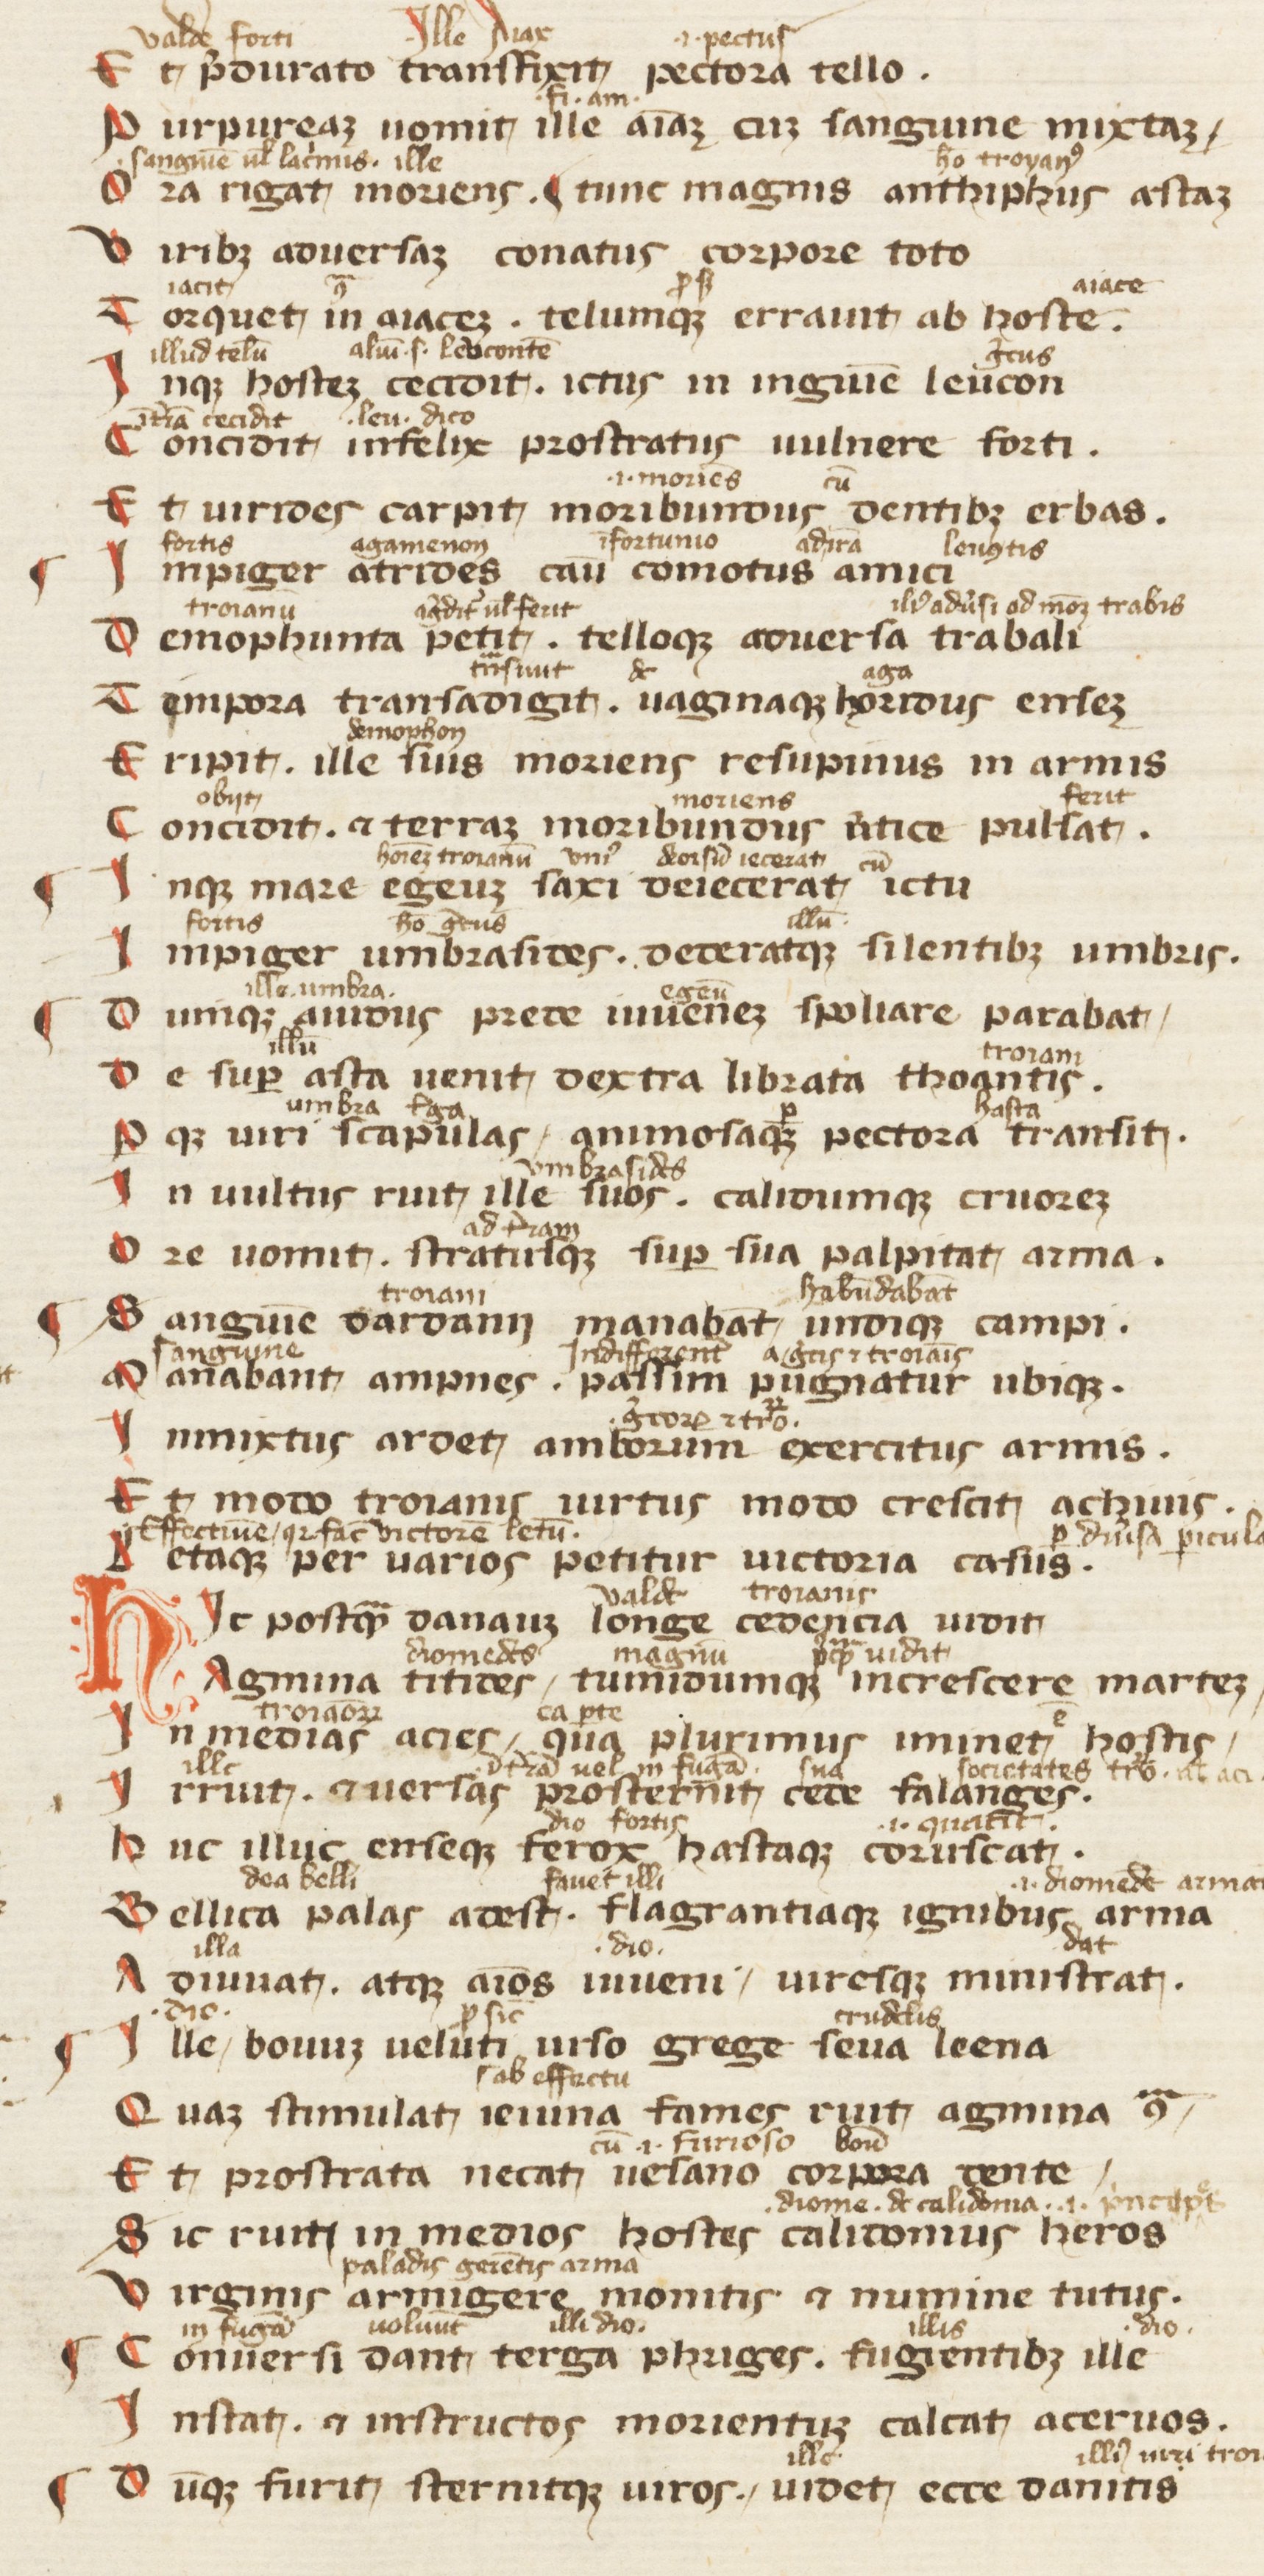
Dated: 1300–1399